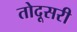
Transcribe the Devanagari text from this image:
तोदूसरी